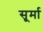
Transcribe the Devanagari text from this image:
सूर्मा